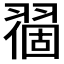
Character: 𬚅